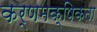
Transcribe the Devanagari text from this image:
कर्णमक्षिकता